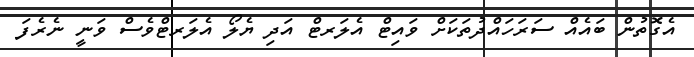
އެގޮތުން ބައެއް ސަރަހައްދުތަކަށް ވައިޓް އެލަރޓް އަދި ޔެލޯ އެލަރޓްވެސް ވަނީ ނެރެފަ